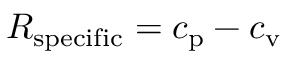
R _ { \mathrm { { s p e c i f i c } } } = c _ { \mathrm { { p } } } - c _ { \mathrm { { v } } }